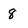
Character: 8